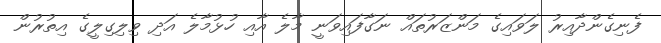
ފެނިގެންދާއިރު ލަވައިގެ މަންޒަރުތައް ނަގާފައިވަނީ މާލެ އާއި ހުޅުމާލެ އަދި ވިލިގިލީގެ އިތުރުން